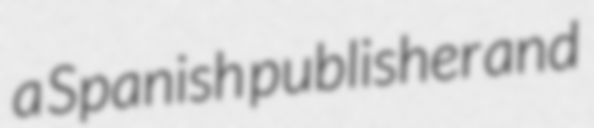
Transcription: a Spanish publisher and